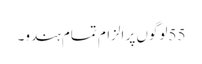
55لوگوں پر الزام تمام ہندو۔